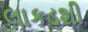
લાકડશી